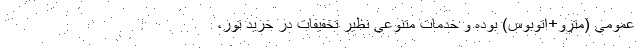
عمومي (مترو+اتوبوس) بوده و خدمات متنوعي نظير تخفيفات در خريد تور،